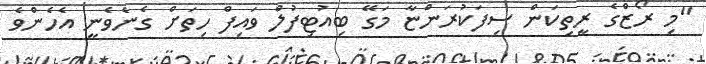
"މި ރޯޒްގެ ރީތިކަން ސިފަކުރަންޏާ މަގޭ ބިއުޓިފުލް ވައިފް ހިތަށް ގެނެވެނީ އެހެންވެ